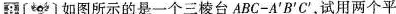
8 如图所示的是一个三棱台ABC-A^{\prime}B^{\prime}C^{\prime}，试用两个平